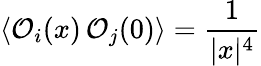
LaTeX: \langle{\cal O}_{i}(x)\, {\cal O}_{j}(0)\rangle={\frac{1}{|x|^{4}}}